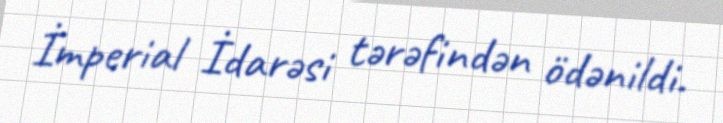
İmperial İdarəsi tərəfindən ödənildi.